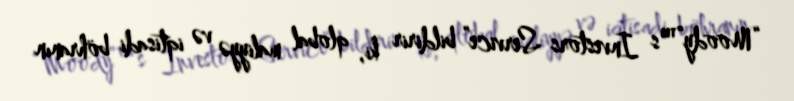
“Moody”™s Investors Service” bildirir ki, qlobal maliyyə və iqtisadi böhranın